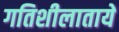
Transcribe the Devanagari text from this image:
गतिशीलातायें